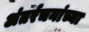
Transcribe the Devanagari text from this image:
अंतर्रचनांच्या